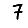
Digit: 7